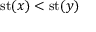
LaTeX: \operatorname { s t } ( x ) < \operatorname { s t } ( y )